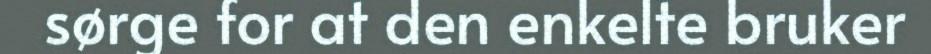
sørge for at den enkelte bruker